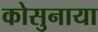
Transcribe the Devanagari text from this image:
कोसुनाया